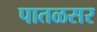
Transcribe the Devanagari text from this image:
पातळसर